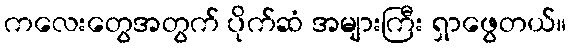
ကလေးတွေအတွက် ပိုက်ဆံ အများကြီး ရှာဖွေတယ်။